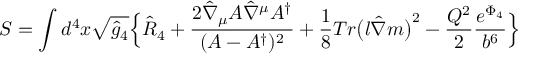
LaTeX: S = \int d ^ { 4 } x \sqrt { \hat { g } _ { 4 } } \Bigl \{ \hat { R } _ { 4 } + \frac { 2 \hat { \nabla } _ { \mu } { \cal A } \hat { \nabla } ^ { \mu } { \cal A } ^ { \dagger } } { ( { \cal A } - { \cal A } ^ { \dagger } ) ^ { 2 } } + \frac { 1 } { 8 } T r \bigl ( l \hat { \nabla } m \bigr ) ^ { 2 } - \frac { Q ^ { 2 } } { 2 } \frac { e ^ { \Phi _ { 4 } } } { b ^ { 6 } } \Bigr \}